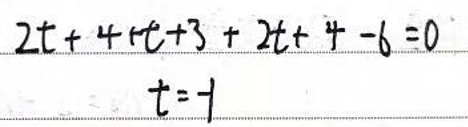
\[
2t + 4 + t + 3 + 2t + 4 - 6 = 0\\
t = 1
\]